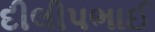
દીલીપભાઈ